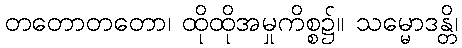
တတောတတော၊ ထိုထိုအမှုကိစ္စ၌။ သမ္မောဒန္တိ၊